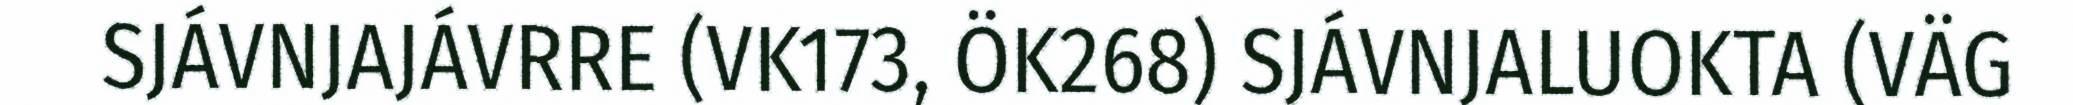
SJÁVNJAJÁVRRE (VK173, ÖK268) SJÁVNJALUOKTA (VÄG